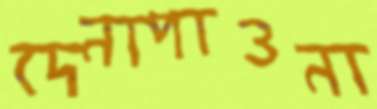
দেনাপাওনা